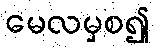
မေလမှစ၍